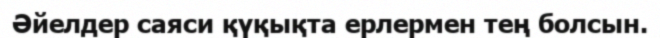
Әйелдер саяси қүқықта ерлермен тең болсын.